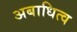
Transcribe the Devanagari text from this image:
अबाधित्व